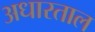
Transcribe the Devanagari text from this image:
अधारताल